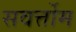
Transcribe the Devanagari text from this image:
सवर्त्तोम